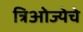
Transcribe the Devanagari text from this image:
त्रिओज्येचे